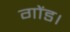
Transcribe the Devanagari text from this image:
गोंड।